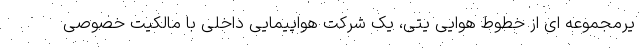
یرمجموعه ای از خطوط هوایی یتی، یک شرکت هواپیمایی داخلی با مالکیت خصوصی